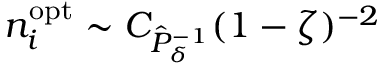
n _ { i } ^ { \mathrm { o p t } } \sim C _ { \hat { P } _ { \delta } ^ { - 1 } } ( 1 - \zeta ) ^ { - 2 }